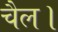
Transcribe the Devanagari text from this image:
चैल।